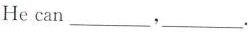
He can ___,___.